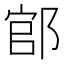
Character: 𨜌